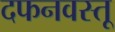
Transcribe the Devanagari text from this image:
दफनवस्तू